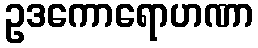
ဥဒကောရောဟဏာ